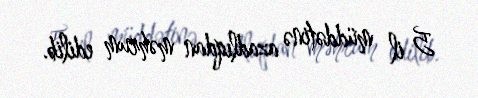
5 il müddətinə azadlıqdan məhrum edilib.